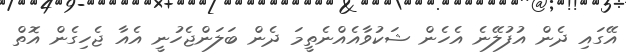
އޭގައި ދެން އުފުލޭނެ އެހެން ޝަކުވާއެއްނެތީމަ ދެން ބަލަންޖެހުނީ އެއާ ޖެހިގެން އޮތް